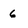
Character: 6